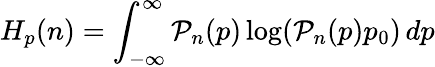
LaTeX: H_{p}(n)=\int_{-\infty}^{\infty}\mathcal{P}_{n}(p)\log(\mathcal{P}_{n}(p)p_{0})\, dp